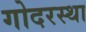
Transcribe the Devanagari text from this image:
गोदरस्था